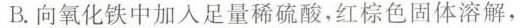
B.向氧化铁中加入足量稀硫酸，红棕色固体溶解，